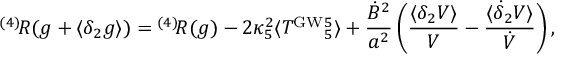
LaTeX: { } ^ { ( 4 ) } \! R ( g + \langle \delta _ { 2 } g \rangle ) = { } ^ { ( 4 ) } \! R ( g ) - 2 \kappa _ { 5 } ^ { 2 } \langle T ^ { \mathrm { G W } } { } _ { 5 } ^ { 5 } \rangle + \frac { \dot { B } ^ { 2 } } { a ^ { 2 } } \left( \frac { \langle \delta _ { 2 } V \rangle } { V } - \frac { \langle \dot { \delta } _ { 2 } V \rangle } { \dot { V } } \right) ,